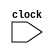
module clock_freq(clock);
input clock;
endmodule